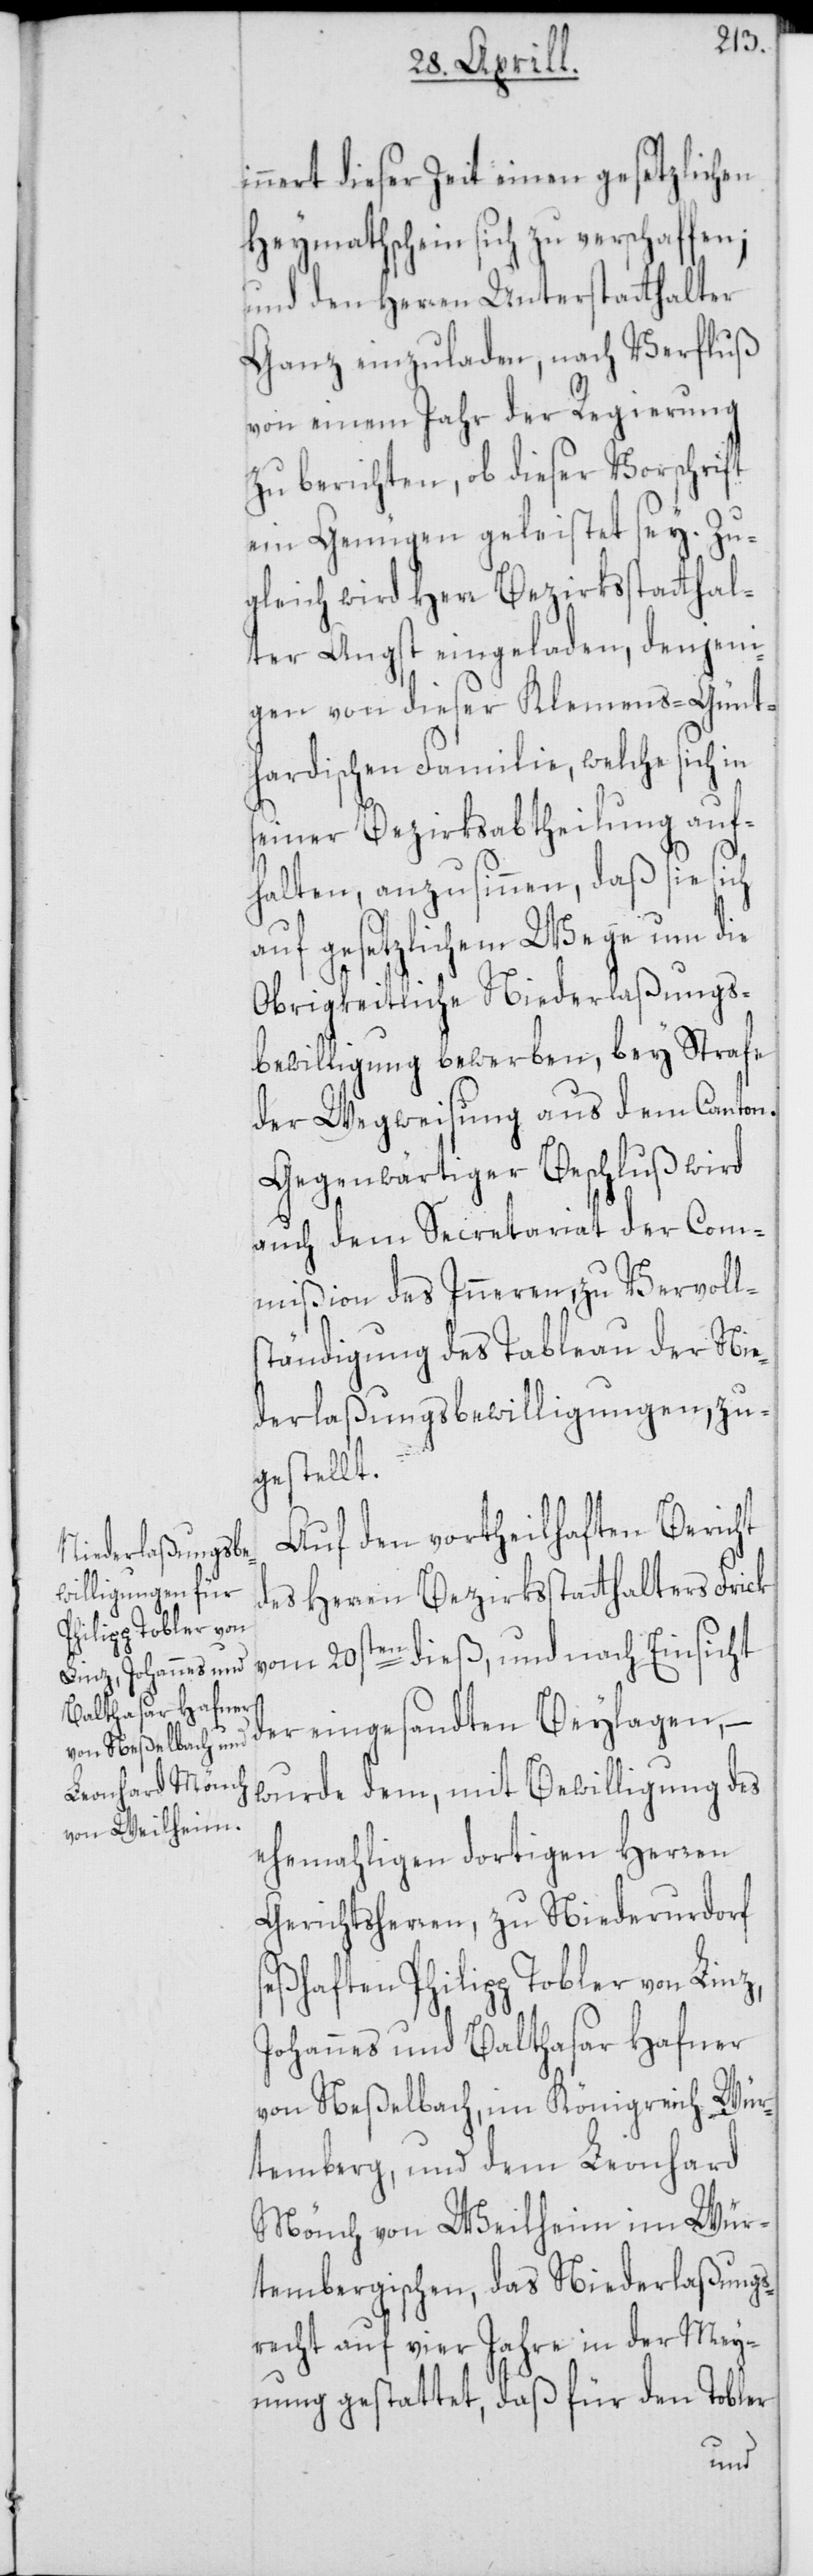
innert dieser Zeit einen gesetzlichen
Heymathschein sich zu verschaffen;
und den Herren Unterstatthalter
Ganz einzuladen, nach Verfluß
von einem Jahr der Regierung
zu berichten, ob dieser Vorschrift
ein Genügen geleistet sey. Zu¬
gleich wird Herr Bezirksstatthal¬
ter Angst eingeladen, denjeni¬
gen von dieser Klemens-Günt¬
hardischen Familie, welche sich in
seiner Bezirksabtheilung auf¬
halten, anzusinnen, daß sie sich
auf gesetzlichem Wege um die
Obrigkeitliche Niederlaßungs¬
bewilligung bewerben, bey Strafe
der Wegweisung aus dem Canton.
Gegenwärtiger Beschluß wird
auch dem Secretariat der Com¬
mißion des Inneren, zu Vervoll¬
ständigung des Tableau der Nie¬
derlaßungsbewilligungen, zu¬
gestellt.
Auf den vortheilhaften Bericht
des Herren Bezirksstatthalters Frick
vom 20sten die, und nach Einsicht
der eingesandten Beylagen, –
wurde dem, mit Bewilligung des
ehemahligen dortigen Herren
Gerichtsherren, zu Niederurdorf
seßhaften Philipp Tobler von Linz,
Johannes und Balthasar Hafner
von Neßelbach, im Königreich Wür¬
temberg, und dem Leonhard
Mönch von Weilheim im Wür¬
tembergischen, das Niederlaßungs¬
recht auf vier Jahre in der Mey¬
nung gestattet, daß für den Tobler